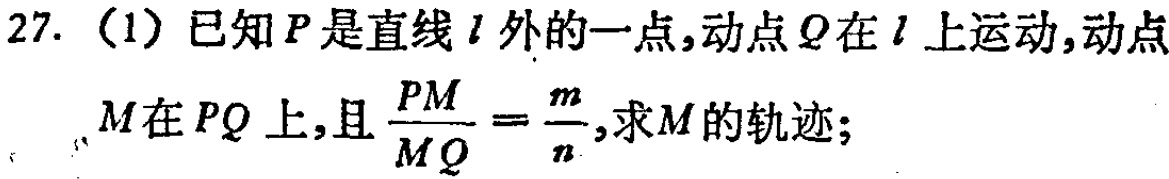
27. （1）已知\(P\)是直线\(l\)外的一点，动点\(Q\)在\(l\)上运动，动点\(M\)在\(PQ\)上，且\(\frac{PM}{MQ}=\frac{m}{n}\)，求\(M\)的轨迹；